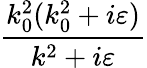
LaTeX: \frac{k_{0}^{2}(k_{0}^{2}+i\varepsilon)}{k^{2}+i\varepsilon}